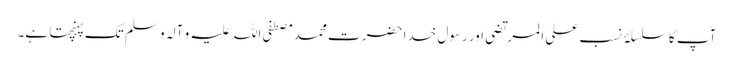
آپ کا سلسلۂ نسب علی المرتضی اور رسول خدا حضرت محمد مصطفی اللہ علیہ و آلہ و سلم تک پہنچتا ہے۔